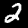
Digit: 2